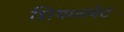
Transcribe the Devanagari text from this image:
शियालबेट